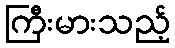
ကြီးမားသည့်